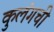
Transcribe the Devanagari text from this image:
कुलंगची